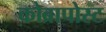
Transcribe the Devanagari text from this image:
कोब्रापोस्ट